Leaving Certificate Examination (including Day School Certificate (Higher) General paper), 1926
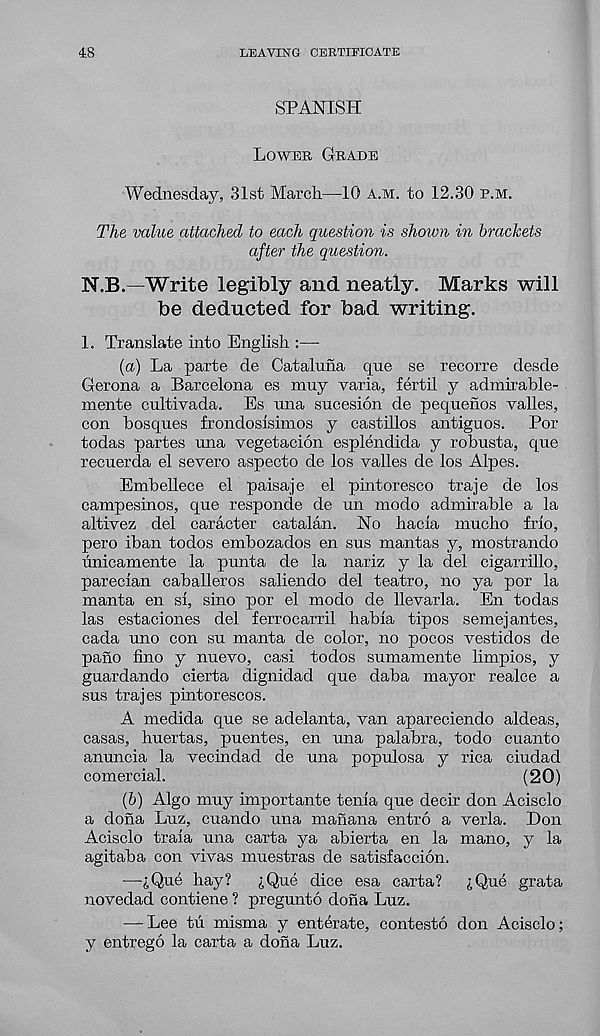
48
LEAVING CERTIFICATE
SPANISH
Lower Grade
Wednesday, 31st March—10 a.m. to 12.30 p.m.
The value attached to each question is shown in brackets
after the question.
N.B.—Write legibly and neatly. Marks will
be deducted for bad writing.
1. Translate into English :—
(a) La parte de Cataluna que se recorre clesde
Gerona a Barcelona es muy varia, fertil y admirable-
mente cultivada. Es una sucesion de pequenos valles,
con bosques frondosisimos y castillos antiguos.
Por
todas partes una vegetacion esplendida y robusta, que
recuerda el severe aspect© de los valles de los Alpes.
Embellece el paisaje el pintoresco traje de los
campesinos, que responcle de un modo admirable a la
altivez del caracter Catalan. No hacia mucho frio,
pero iban todos embozados en sus mantas y, mostrando
unicamente la punta de la nariz y la del cigarrillo,
parecian caballeros saliendo del teatro, no ya por la
manta en si, sino por el modo de llevarla. En todas
las estaciones del ferrocarril habia tipos semejantes,
cada uno con su manta de color, no pocos vestidos de
pano fino y nuevo, casi todos sumamente limpios, y
guardando cierta dignidad que daba mayor realce a
sus trajes pintorescos.
A medida que se adelanta, van apareciendo aldeas,
casas, huertas, puentes, en una palabra, todo cuanto
anuncia la vecindad de una populosa y rica ciudad
comercial.
(20)
(b) Algo muy importante tenia que decir don Acisclo
a dona Luz, cuando una manana entro a verla. Don
Acisclo traia una carta ya abierta en la mano, y la
agitaba con vivas muestras de satisfaccion.
—I Que hay?
iQue dice esa carta?
i Que grata
novedad contiene ? pregunto dona Luz.
— Lee tii misma y enterate, contesto don Acisclo;
y entrego la carta a dona Luz.